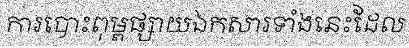
ការបោះពុម្ពផ្សាយឯកសារទាំងនេះដែល